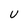
Character: U